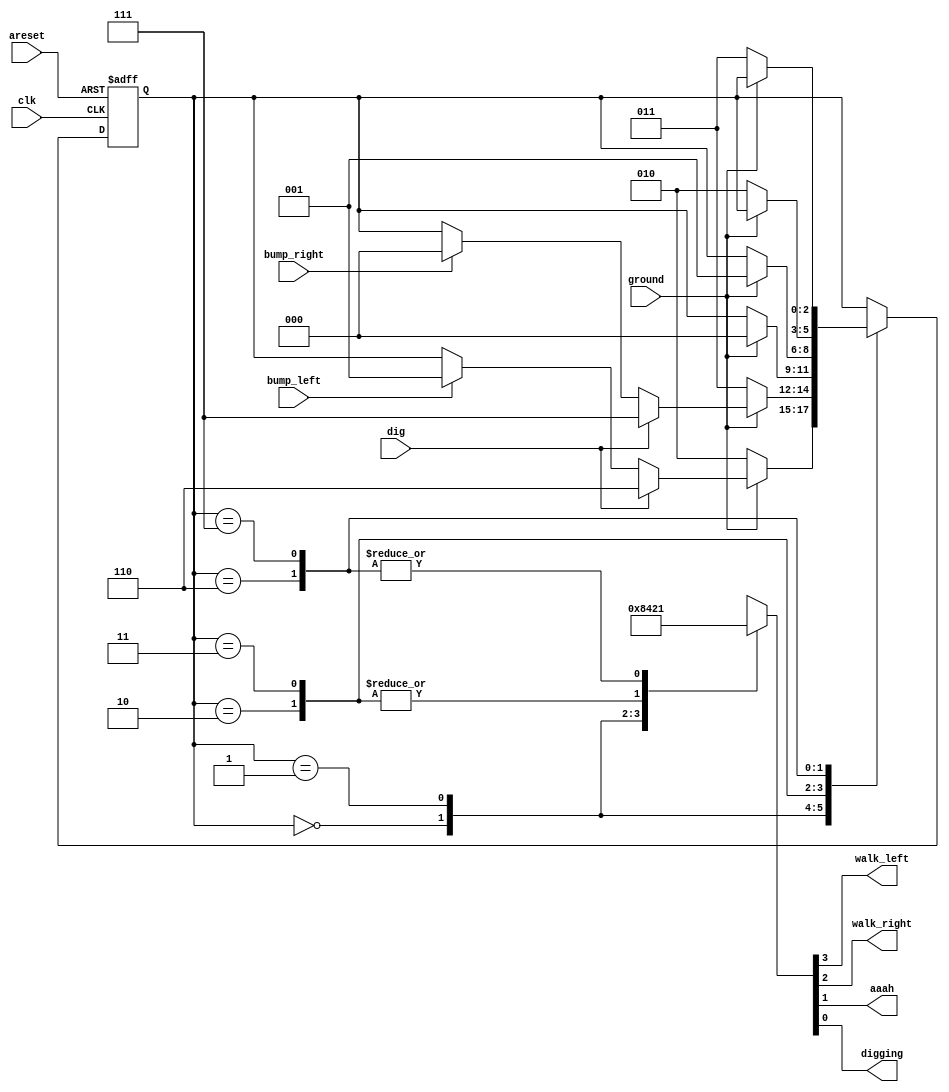
module top_module(
    input clk,
    input areset,    // Freshly brainwashed Lemmings walk left.
    input bump_left,
    input bump_right,
    input ground,
    input dig,
    output walk_left,
    output walk_right,
    output aaah,
    output digging ); 

    parameter 	LEFT=3'b000, RIGHT=3'b001, FALLINGLEFT=3'b010, FALLINGRIGHT=3'b011, DIGGINGLEFT=3'b110, DIGGINGRIGHT=3'b111;
    reg [2:0] 	state, next_state;

    always @(*) begin
        // State transition logic
        case ( state )
            LEFT:			next_state <= ( ~ground ) ? FALLINGLEFT : ( dig ? DIGGINGLEFT : ( bump_left ? RIGHT : state ) );
            RIGHT:			next_state <= ( ~ground ) ? FALLINGRIGHT: ( dig ? DIGGINGRIGHT : ( bump_right ? LEFT : state ) );
            FALLINGLEFT:	next_state <= ( ground ) ? LEFT : state;
            FALLINGRIGHT:	next_state <= ( ground ) ? RIGHT : state;
            DIGGINGLEFT:	next_state <= ( ~ground ) ? FALLINGLEFT : state;
            DIGGINGRIGHT:	next_state <= ( ~ground ) ? FALLINGRIGHT : state;
            default:
                			next_state <= state;
        endcase
    end

    always @(posedge clk, posedge areset) begin
        // State flip-flops with asynchronous reset
        if ( areset ) state <= LEFT;
        else state <= next_state;
    end

    always @ (*) begin
        case ( state )
            LEFT:			{walk_left, walk_right, aaah, digging} = 4'b1000;
            RIGHT:			{walk_left, walk_right, aaah, digging} = 4'b0100;
            FALLINGLEFT:	{walk_left, walk_right, aaah, digging} = 4'b0010;
            FALLINGRIGHT:	{walk_left, walk_right, aaah, digging} = 4'b0010;
            DIGGINGLEFT:	{walk_left, walk_right, aaah, digging} = 4'b0001;
            DIGGINGRIGHT:	{walk_left, walk_right, aaah, digging} = 4'b0001;
            default:		{walk_left, walk_right, aaah, digging} = 'x;
        endcase
    end
    
endmodule